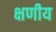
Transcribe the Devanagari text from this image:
क्षणीय